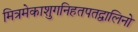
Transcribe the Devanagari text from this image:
मित्रमेकाशुगनिहतपतद्वालिनो